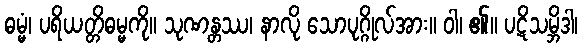
ဓမ္မံ၊ ပရိယတ္တိဓမ္မကို။ သုဏန္တဿ၊ နာလို သောပုဂ္ဂိုလ်အား။ ဝါ၊ ၏။ ပဋိသမ္ဘိဒါ၊